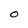
Character: O